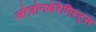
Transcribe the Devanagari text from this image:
ओज़ोनथेरेपिस्ट्स